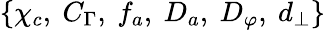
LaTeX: \{ \chi_{c},~C_{\Gamma},~f_{a},~D_{a},~D_{\varphi},~d_{\perp}\}